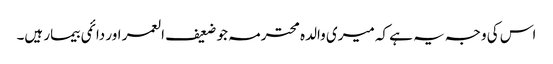
اس کی وجہ یہ ہے کہ میری والدہ محترمہ جو ضعیف العمر اور دائمی بیمار ہیں۔